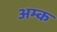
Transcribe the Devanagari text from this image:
अम्क